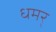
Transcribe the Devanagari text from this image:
धमर्